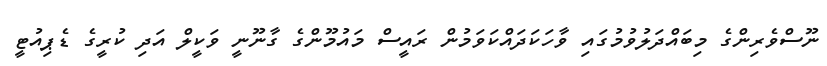
ނޫސްވެރިންގެ މިބައްދަލުވުމުގައި ވާހަކަދައްކަވަމުން ރައީސް މައުމޫންގެ ގާނޫނީ ވަކީލް އަދި ކުރީގެ ޑެޕިއުޓީ